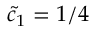
\tilde { c } _ { 1 } = 1 / 4